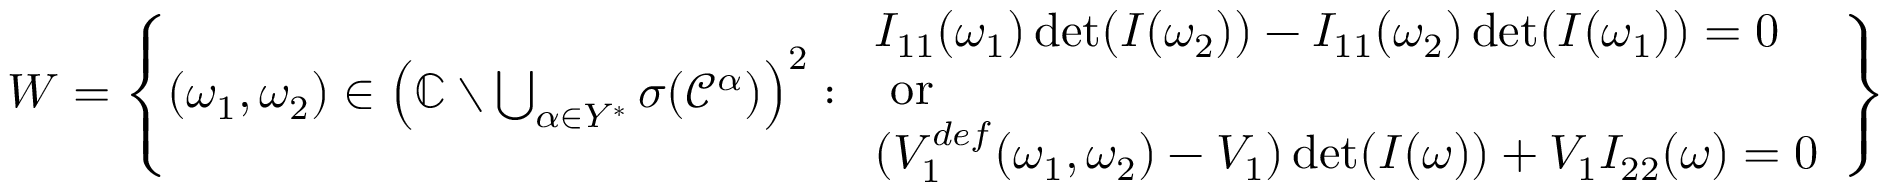
\begin{array} { r } { W = \left\{ ( \omega _ { 1 } , \omega _ { 2 } ) \in \left( \mathbb { C } \setminus \bigcup _ { \alpha \in Y ^ { * } } \sigma ( \mathcal { C } ^ { \alpha } ) \right) ^ { 2 } : \begin{array} { l } { I _ { 1 1 } ( \omega _ { 1 } ) \operatorname* { d e t } ( I ( \omega _ { 2 } ) ) - I _ { 1 1 } ( \omega _ { 2 } ) \operatorname* { d e t } ( I ( \omega _ { 1 } ) ) = 0 } \\ { \mathrm { ~ o r ~ } } \\ { ( V _ { 1 } ^ { d e f } ( \omega _ { 1 } , \omega _ { 2 } ) - V _ { 1 } ) \operatorname* { d e t } ( I ( \omega ) ) + V _ { 1 } I _ { 2 2 } ( \omega ) = 0 } \end{array} \right\} } \end{array}